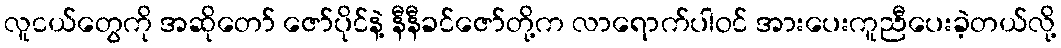
လူငယ်တွေကို အဆိုတော် ဇော်ပိုင်နဲ့ နီနီခင်ဇော်တို့က လာရောက်ပါဝင် အားပေးကူညီပေးခဲ့တယ်လို့